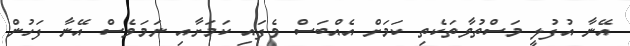
އޭނާ އުފުލީ މަސްތުވާތަކެތި ކަމަށް އެއްބަސް ވެފައި ކަމަށާއި ނަމަވެސް އޭނާ ފަހުން